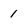
Character: 1